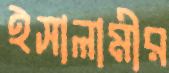
ইসালামীর